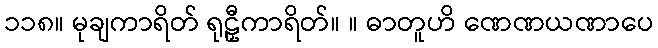
၁၁၈။ မုချကာရိတ် ရုဠှီကာရိတ်။ ။ ဓာတူဟိ ဏေဏယဏာပေ